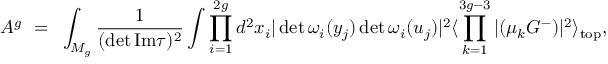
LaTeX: A ^ { g } ~ = ~ \int _ { M _ { g } } \frac { 1 } { ( \operatorname * { d e t } \mathrm { I m } \tau ) ^ { 2 } } \int \prod _ { i = 1 } ^ { 2 g } d ^ { 2 } x _ { i } | \operatorname * { d e t } { \omega _ { i } ( y _ { j } ) } \operatorname * { d e t } { \omega _ { i } ( u _ { j } ) } | ^ { 2 } \langle \prod _ { k = 1 } ^ { 3 g - 3 } | ( \mu _ { k } G ^ { - } ) | ^ { 2 } \rangle _ { \mathrm { t o p } } ,